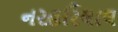
નરહરિલાલ